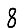
Digit: 8